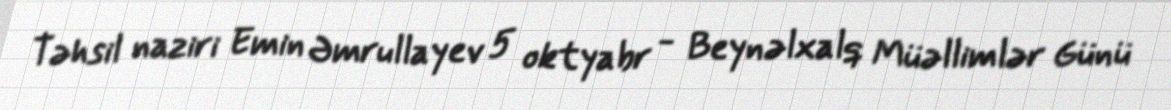
Təhsil naziri Emin Əmrullayev 5 oktyabr - Beynəlxalq Müəllimlər Günü